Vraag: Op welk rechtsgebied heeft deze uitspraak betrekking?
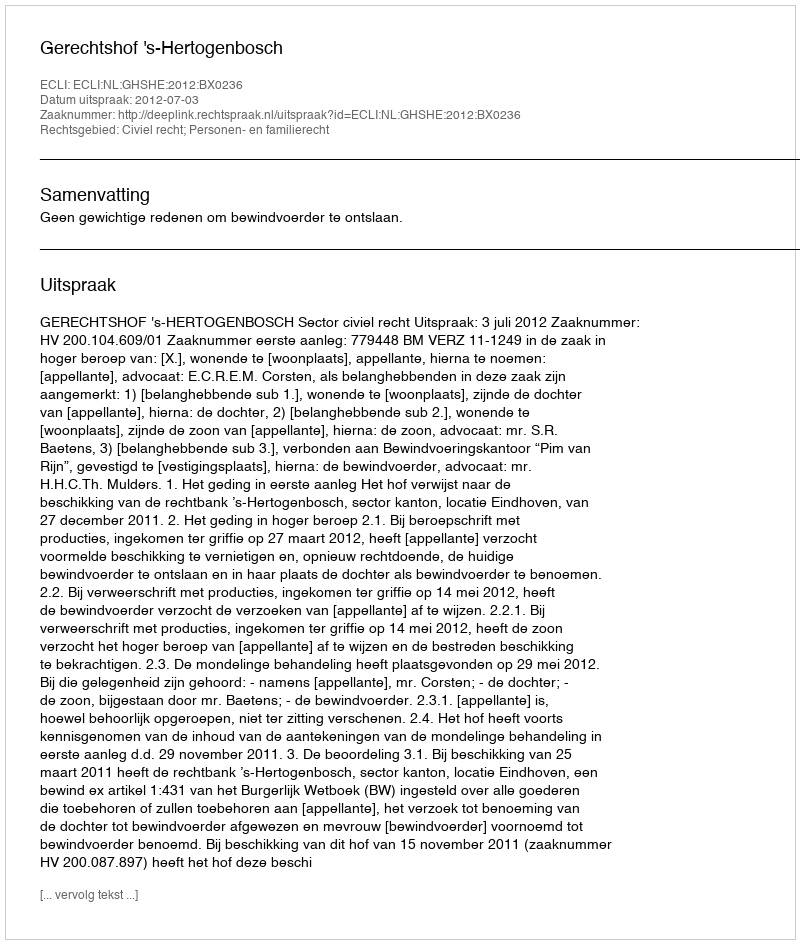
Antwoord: Civiel recht; Personen- en familierecht